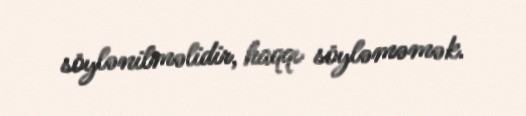
söylənilməlidir, haqqı söyləməmək.